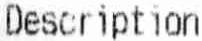
DESCRIPTION